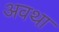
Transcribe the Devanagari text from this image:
अवथा